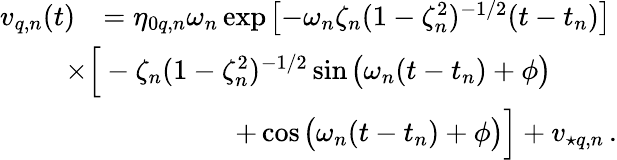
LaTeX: \begin{array}{rl}{v_{q,n}(t)}&{=\eta_{0q,n}\omega_{n}\exp\! \; \! \left[{-\omega_{n}\zeta_{n}(1-\zeta_{n}^{2})^{-1/2}(t-t_{n})}\right]}\\ &{\! \! \! \! \! \! \! \! \times\Big[-\zeta_{n}(1-\zeta_{n}^{2})^{-1/2}\sin\! \; \! \big(\omega_{n}(t-t_{n})+\phi\big)}\\ &{\! \! \! \! \! \! \! \! \quad\quad\quad\quad\quad\quad+\cos\! \; \! \big(\omega_{n}(t-t_{n})+\phi\big)\Big]+v_{\star q,n}\, .}\end{array}